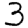
Digit: 3